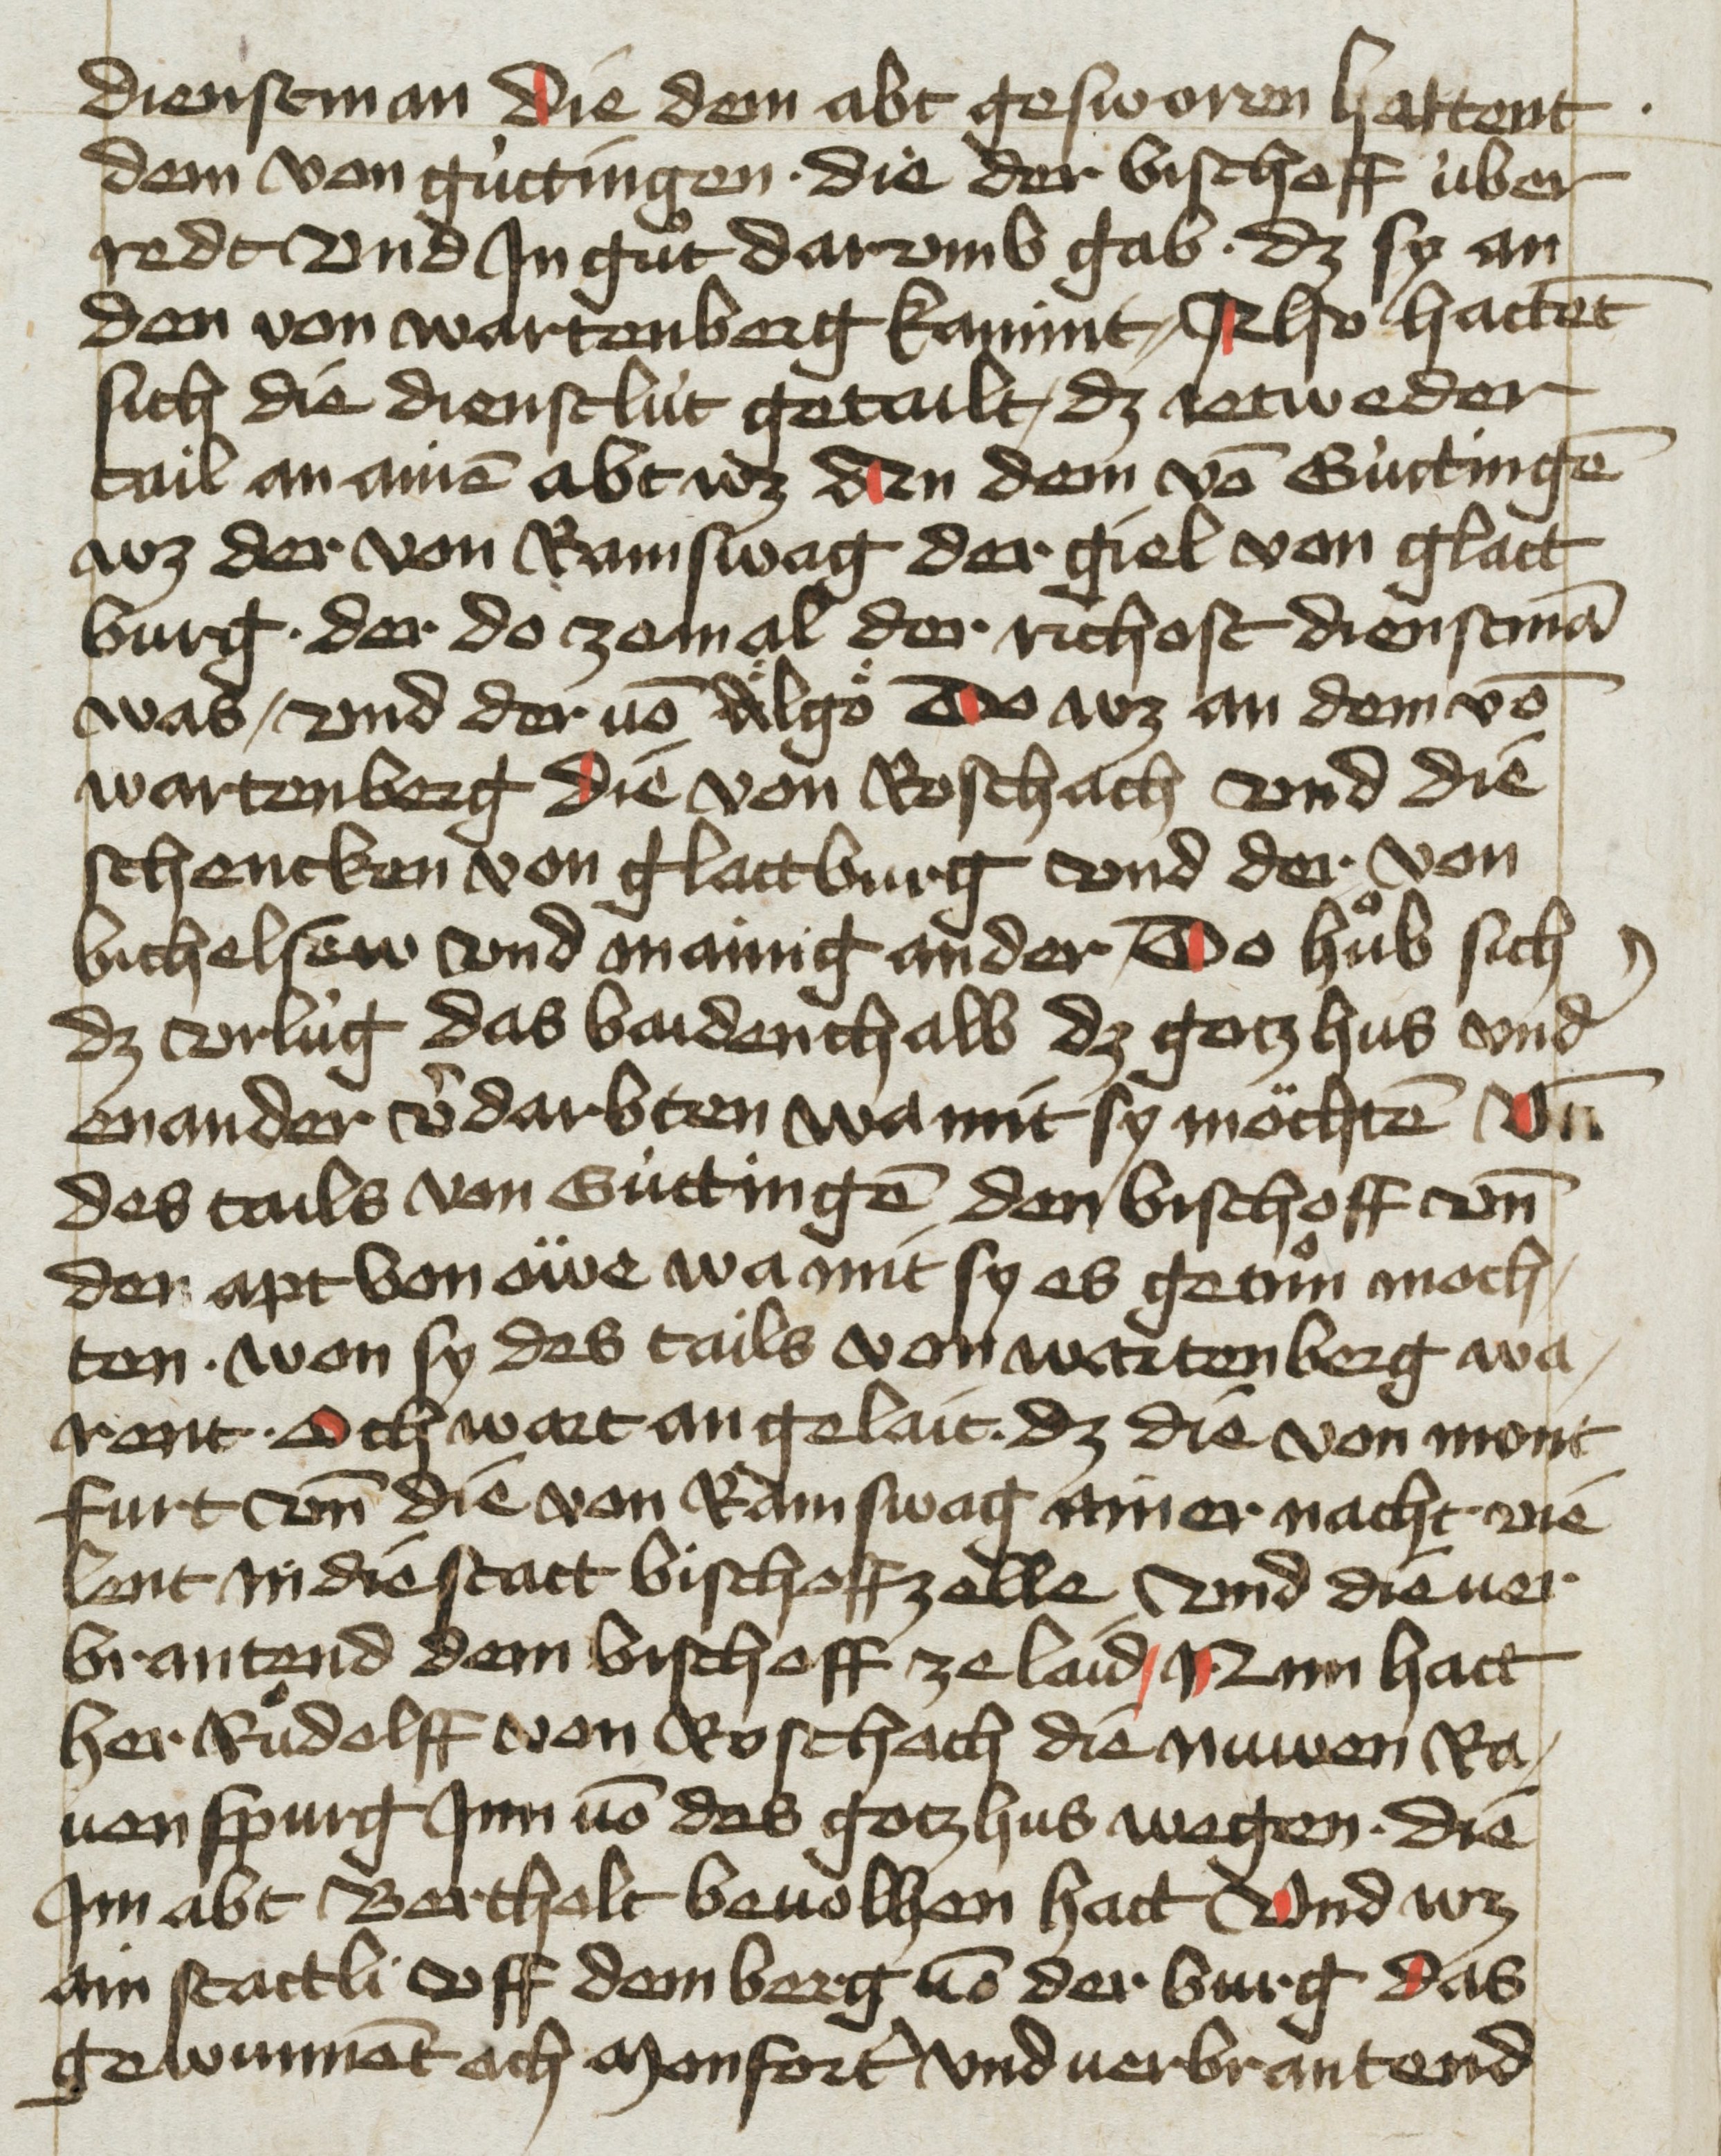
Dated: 1455–1465